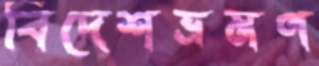
বিদেশভ্রমণ